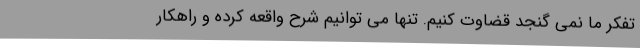
تفکر ما نمی گنجد قضاوت کنیم. تنها می توانیم شرح واقعه کرده و راهکار